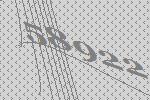
58922